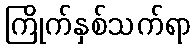
ကြိုက်နှစ်သက်ရာ